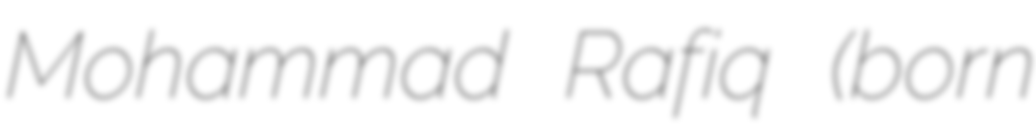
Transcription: Mohammad Rafiq (born